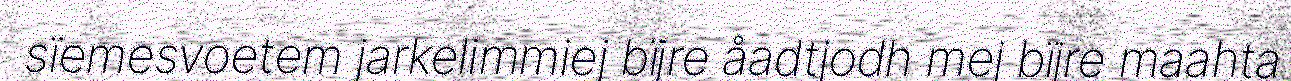
sïemesvoetem jarkelimmiej bïjre åadtjodh mej bïjre maahta